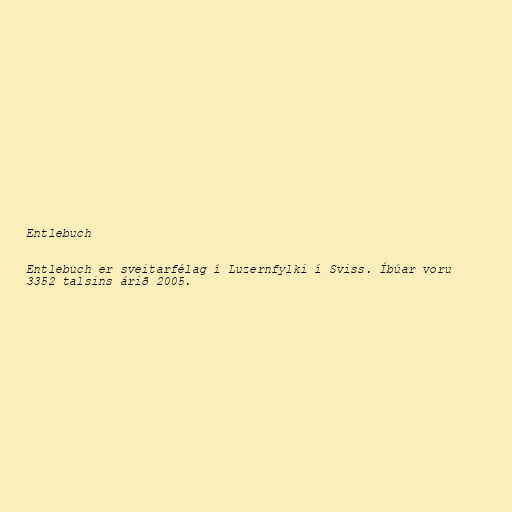
Entlebuch

Entlebuch er sveitarfélag í Luzernfylki í Sviss. Íbúar voru
3352 talsins árið 2005.